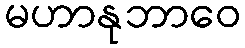
မဟာနုဘာဝေ